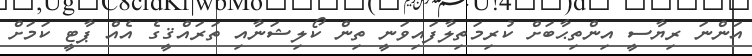
އަންނަ ރިޔާސީ އިންތިޙާބަށް ކުރިމަތިލާފައިވަނީ ތިން ކޯލިޝަނާއި ތަރައްޤީގެ އެއް ޕާޓީ ކަމަށް